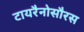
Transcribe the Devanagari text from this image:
टायरैनोसौरस